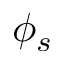
\phi _ { s }